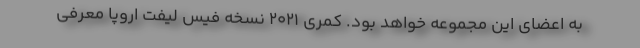
به اعضای این مجموعه خواهد بود. کمری 2021 نسخه فیس لیفت اروپا معرفی